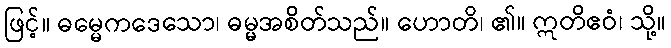
ဖြင့်။ ဓမ္မေကဒေသော၊ ဓမ္မအစိတ်သည်။ ဟောတိ၊ ၏။ ဣတိဧဝံ၊ သို့။